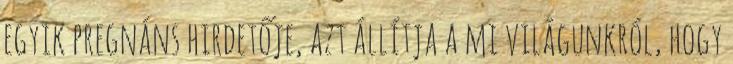
egyik pregnáns hirdetője, azt állítja a mi világunkról, hogy